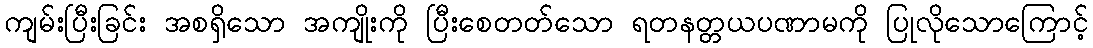
ကျမ်းပြီးခြင်း အစရှိသော အကျိုးကို ပြီးစေတတ်သော ရတနတ္တယပဏာမကို ပြုလိုသောကြောင့်